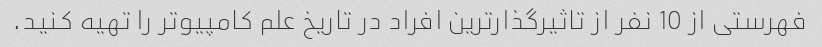
فهرستی از 10 نفر از تاثیرگذارترین افراد در تاریخ علم کامپیوتر را تهیه کنید.